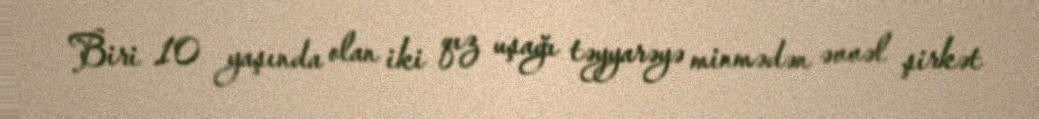
Biri 10 yaşında olan iki qız uşağı təyyarəyə minmədən əvvəl şirkət